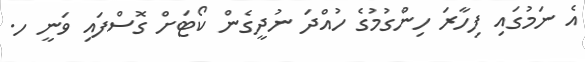
އެ ނަމުގައި ފިހާރަ ހިންގުމުގެ ހުއްދަ ނުދީގެން ކޯޓަށް ގޮސްފައި ވަނީ ހ.